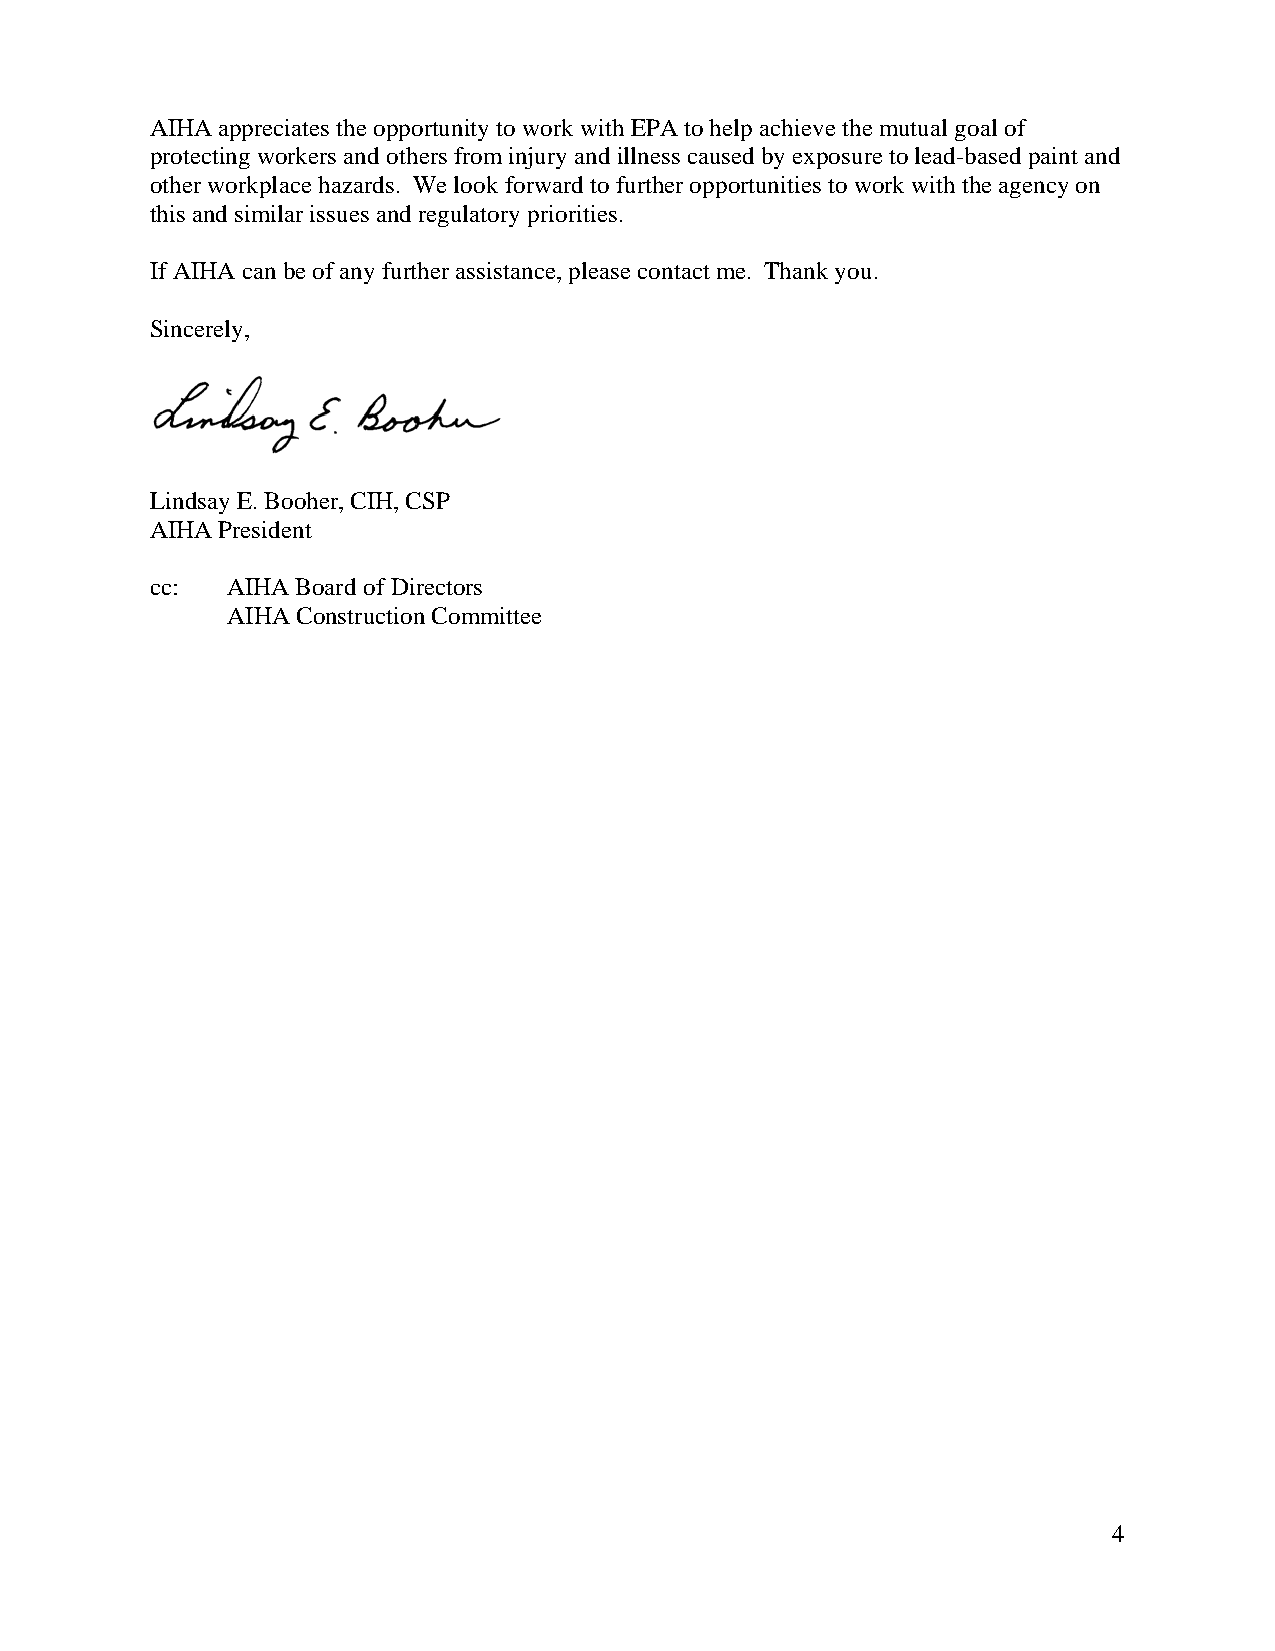
AIHA appreciates the opportunity to work with EPA to help achieve the mutual goal of
 protecting workers and others from injury and illness caused by exposure to lead-based paint and
 other workplace hazards. We look forward to further opportunities to work with the agency on
 this and similar issues and regulatory priorities.
 If AIHA can be of any further assistance, please contact me. Thank you.
 Sincerely,
 Lindsay E. Booher, CIH, CSP
 AIHA President
 cc:  AIHA Board of Directors
 AIHA Construction Committee
 4